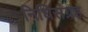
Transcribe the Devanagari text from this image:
निधिसंग्रह